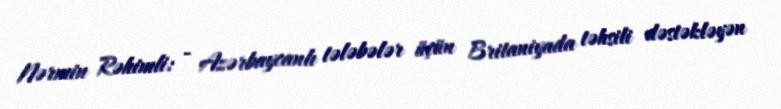
Nərmin Rəhimli: - Azərbaycanlı tələbələr üçün Britaniyada təhsili dəstəkləyən